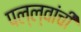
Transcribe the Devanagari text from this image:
पल्ल्वांची